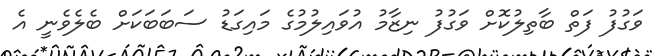
ވަގުފު ފަތް ބާތިލުކޮށް ވަގުފު ނިޒާމު އުވައިލުމުގެ މައިގަޑު ސަބަބަކަށް ބެލެވެނީ އެ